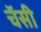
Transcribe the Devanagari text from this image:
चॅसी